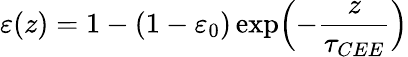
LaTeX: \varepsilon(z)=1-(1-\varepsilon_{0})\exp\Bigl(-\frac{z}{\tau_{CEE}}\Bigr)